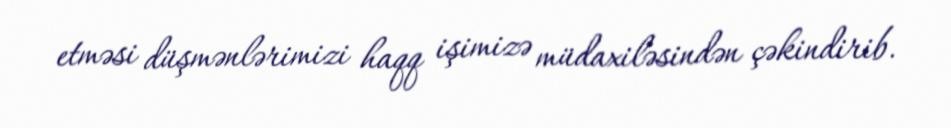
etməsi düşmənlərimizi haqq işimizə müdaxiləsindən çəkindirib.